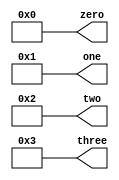
module constant_producer(zero,one,two,three);
output [31:0] zero,one,two,three;


and a2(zero[0],0,1);
and a3(zero[1],0,1);
and a4(zero[2],0,1);
and a5(zero[3],0,1);
and a6(zero[4],0,1);
and a7(zero[5],0,1);
and a8(zero[6],0,1);
and a9(zero[7],0,1);
and a10(zero[8],0,1);
and a11(zero[9],0,1);
and a12(zero[10],0,1);
and a13(zero[11],0,1);
and a14(zero[12],0,1);
and a15(zero[13],0,1);
and a16(zero[14],0,1);
and a17(zero[15],0,1);
and a18(zero[16],0,1);
and a19(zero[17],0,1);
and a20(zero[18],0,1);
and a21(zero[19],0,1);
and a22(zero[20],0,1);
and a23(zero[21],0,1);
and a24(zero[22],0,1);
and a25(zero[23],0,1);
and a26(zero[24],0,1);
and a27(zero[25],0,1);
and a28(zero[26],0,1);
and a29(zero[27],0,1);
and a30(zero[28],0,1);
and a31(zero[29],0,1);
and a32(zero[30],0,1);
and a33(zero[31],0,1);


and a210(one[0],1,1);
and a311(one[1],0,1);
and a40(one[2],0,1);
and a50(one[3],0,1);
and a60(one[4],0,1);
and a70(one[5],0,1);
and a80(one[6],0,1);
and a90(one[7],0,1);
and a100(one[8],0,1);
and a110(one[9],0,1);
and a120(one[10],0,1);
and a130(one[11],0,1);
and a140(one[12],0,1);
and a150(one[13],0,1);
and a160(one[14],0,1);
and a170(one[15],0,1);
and a180(one[16],0,1);
and a190(one[17],0,1);
and a200(one[18],0,1);
and a2101(one[19],0,1);
and a220(one[20],0,1);
and a230(one[21],0,1);
and a240(one[22],0,1);
and a250(one[23],0,1);
and a260(one[24],0,1);
and a270(one[25],0,1);
and a280(one[26],0,1);
and a290(one[27],0,1);
and a300(one[28],0,1);
and a310(one[29],0,1);
and a320(one[30],0,1);
and a330(one[31],0,1);

and a289(two[0],0,1);
and a389(two[1],1,1);
and a41(two[2],0,1);
and a51(two[3],0,1);
and a61(two[4],0,1);
and a71(two[5],0,1);
and a81(two[6],0,1);
and a91(two[7],0,1);
and a101(two[8],0,1);
and a111(two[9],0,1);
and a121(two[10],0,1);
and a131(two[11],0,1);
and a141(two[12],0,1);
and a151(two[13],0,1);
and a161(two[14],0,1);
and a171(two[15],0,1);
and a181(two[16],0,1);
and a191(two[17],0,1);
and a201(two[18],0,1);
and a211(two[19],0,1);
and a221(two[20],0,1);
and a231(two[21],0,1);
and a241(two[22],0,1);
and a251(two[23],0,1);
and a261(two[24],0,1);
and a271(two[25],0,1);
and a281(two[26],0,1);
and a291(two[27],0,1);
and a301(two[28],0,1);
and a3111(two[29],0,1);
and a321(two[30],0,1);
and a331(two[31],0,1);

and a263(three[0],1,1);
and a369(three[1],1,1);
and a42(three[2],0,1);
and a52(three[3],0,1);
and a62(three[4],0,1);
and a72(three[5],0,1);
and a82(three[6],0,1);
and a92(three[7],0,1);
and a102(three[8],0,1);
and a112(three[9],0,1);
and a122(three[10],0,1);
and a132(three[11],0,1);
and a142(three[12],0,1);
and a152(three[13],0,1);
and a162(three[14],0,1);
and a172(three[15],0,1);
and a182(three[16],0,1);
and a192(three[17],0,1);
and a202(three[18],0,1);
and a212(three[19],0,1);
and a222(three[20],0,1);
and a232(three[21],0,1);
and a242(three[22],0,1);
and a252(three[23],0,1);
and a262(three[24],0,1);
and a272(three[25],0,1);
and a282(three[26],0,1);
and a292(three[27],0,1);
and a302(three[28],0,1);
and a312(three[29],0,1);
and a322(three[30],0,1);
and a332(three[31],0,1);

endmodule